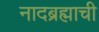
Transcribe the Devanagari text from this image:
नादब्रह्माची